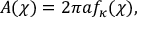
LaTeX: A ( \chi ) = 2 \pi a f _ { \kappa } ( \chi ) ,